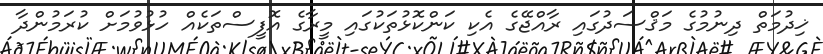
ޚިދުމަތް ދިނުމުގެ މަޤްސަދުގައި ރާއްޖޭގެ އެކި ކަންކޮޅުތަކުގައި މީރާގެ އޮފީސްތަކެއް ހުޅުވުމަށް ކުރަމުންދާ